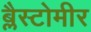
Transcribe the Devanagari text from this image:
ब्लैस्टोमीर